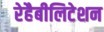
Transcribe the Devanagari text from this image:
रेहैबीलिटेशन